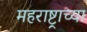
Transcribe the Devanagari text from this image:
महराष्ट्राच्या